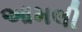
આમલી